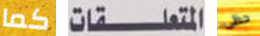
كما المتعلقات حظى